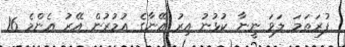
ފުރަތަމަ ލަވަ ނީނާ ކުޅުނު އިރު އޭނާގެ އުމުރުން އޭރު އެންމެ 16